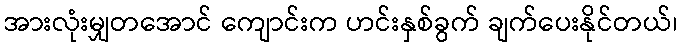
အားလုံးမျှတအောင် ကျောင်းက ဟင်းနှစ်ခွက် ချက်ပေးနိုင်တယ်၊